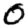
Digit: 0